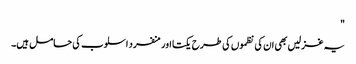
"
یہ غزلیں بھی ان کی نظموں کی طرح یکتا اور منفرد اسلوب کی حامل ہیں۔